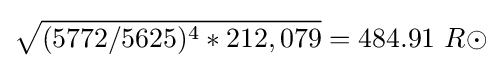
{\sqrt {(5772/5625)^{4}*212,079}}=484.91\ R\odot